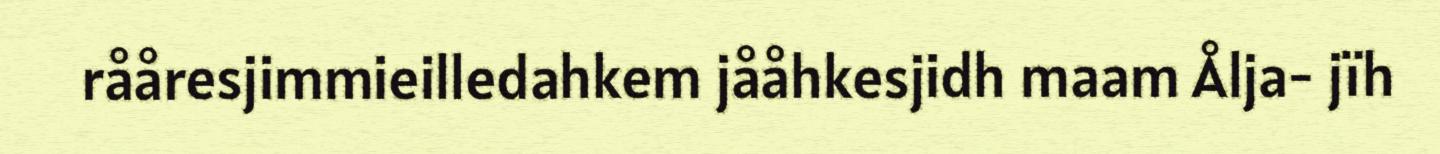
rååresjimmieilledahkem jååhkesjidh maam Ålja- jïh